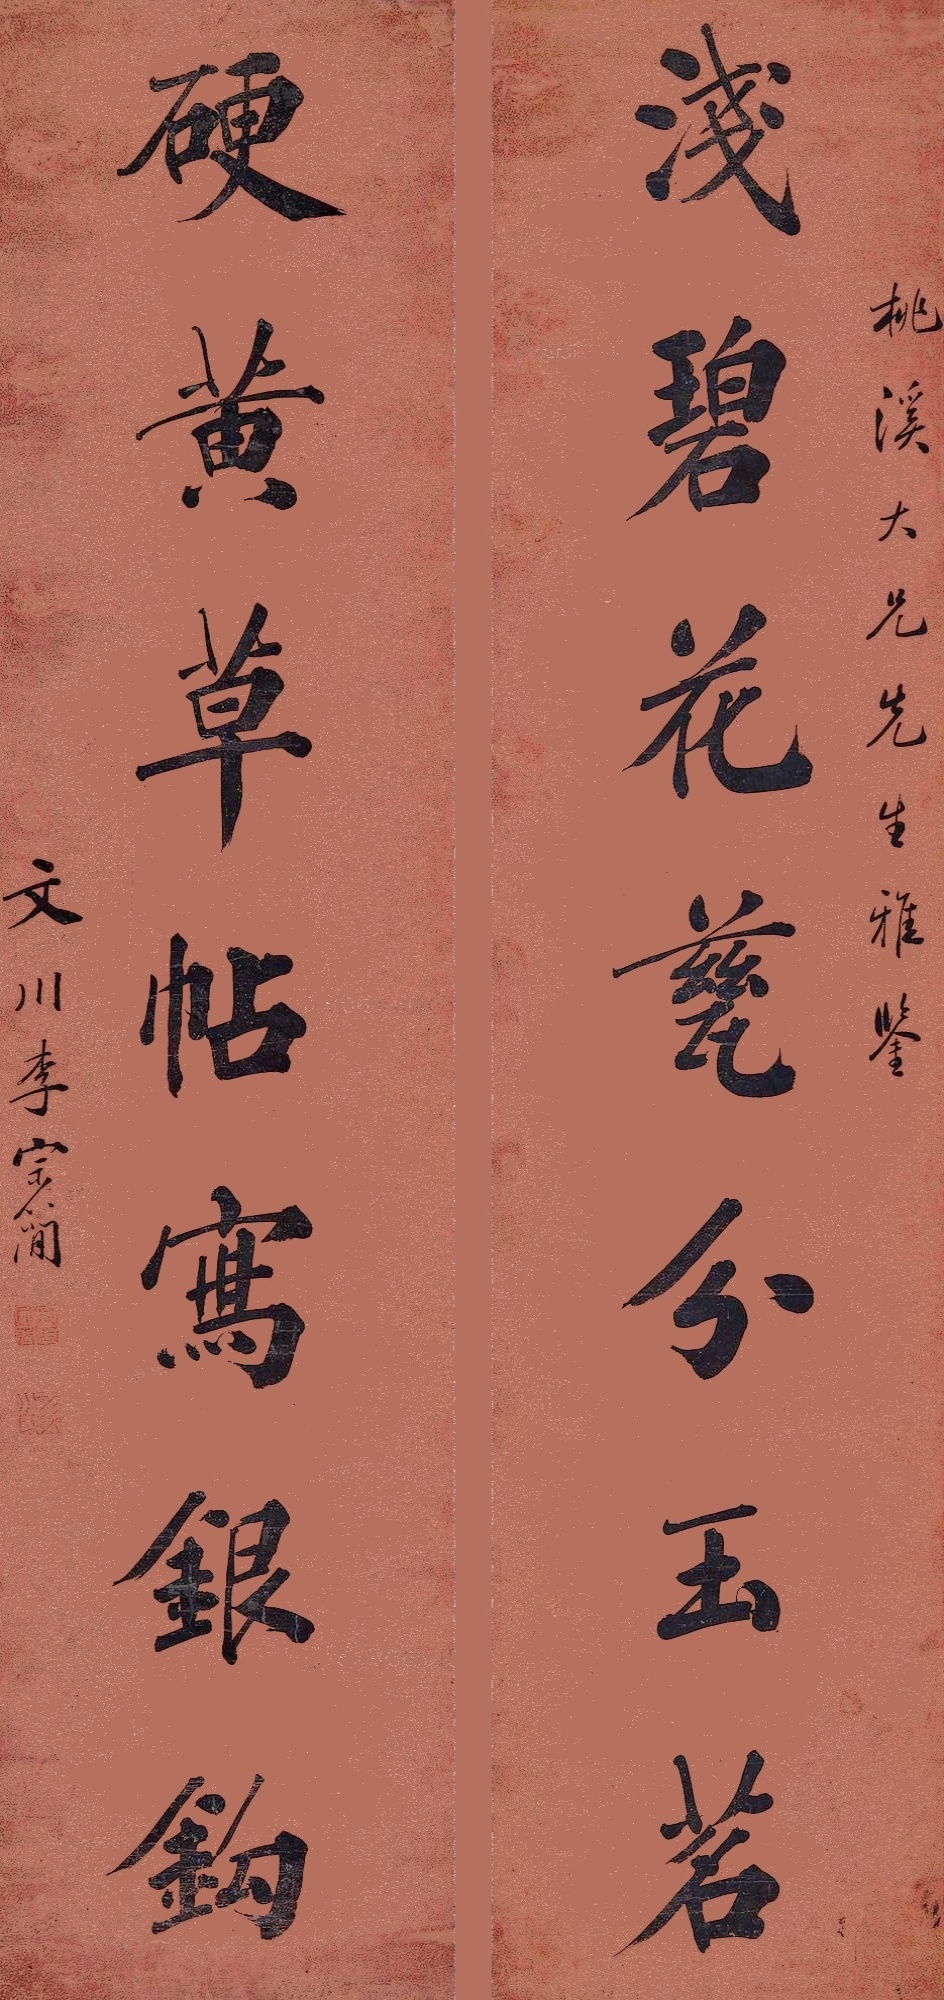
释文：浅碧花瓷分玉茗，硬黄草帖写银钩。桃溪大兄先生雅鉴，文川李宗简。